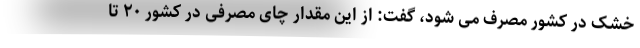
خشک در کشور مصرف می شود، گفت: از این مقدار چای مصرفی در کشور ۲۰ تا